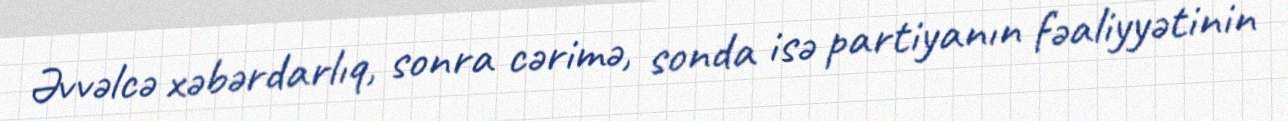
Əvvəlcə xəbərdarlıq, sonra cərimə, sonda isə partiyanın fəaliyyətinin